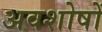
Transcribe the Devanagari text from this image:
अवशोषों